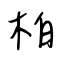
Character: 柏